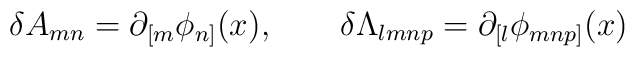
\delta A_{mn}=\partial_{[m}\phi_{n]}(x),\qquad\delta \Lambda_{lmnp}=\partial_{[l}\phi_{mnp]}(x)